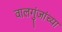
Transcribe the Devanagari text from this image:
वालगुंजांच्या